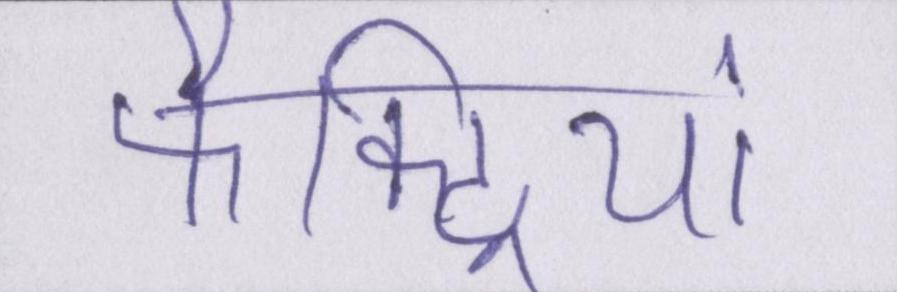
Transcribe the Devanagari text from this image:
फैक्ट्रियां